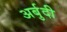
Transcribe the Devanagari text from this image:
अर्बुदी